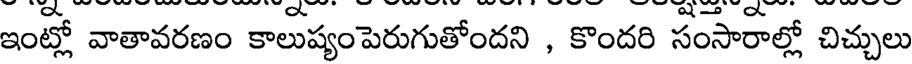
ఇంట్లో వాతావరణం కాలుష్యంపెరుగుతోందని , కొందరి సంసారాల్లో చిచ్చులు